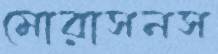
মোরাসনস